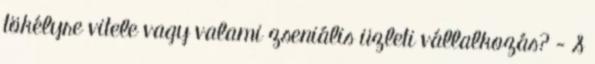
tökélyre vitele vagy valami zseniális üzleti vállalkozás? - S